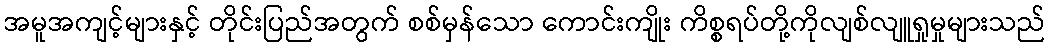
အမူအကျင့်များနှင့် တိုင်းပြည်အတွက် စစ်မှန်သော ကောင်းကျိုး ကိစ္စရပ်တို့ကိုလျစ်လျူရှုမှုများသည်